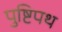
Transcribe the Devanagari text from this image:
पुष्टिपथ